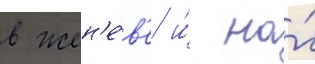
в жен'е́в'е и́ на́